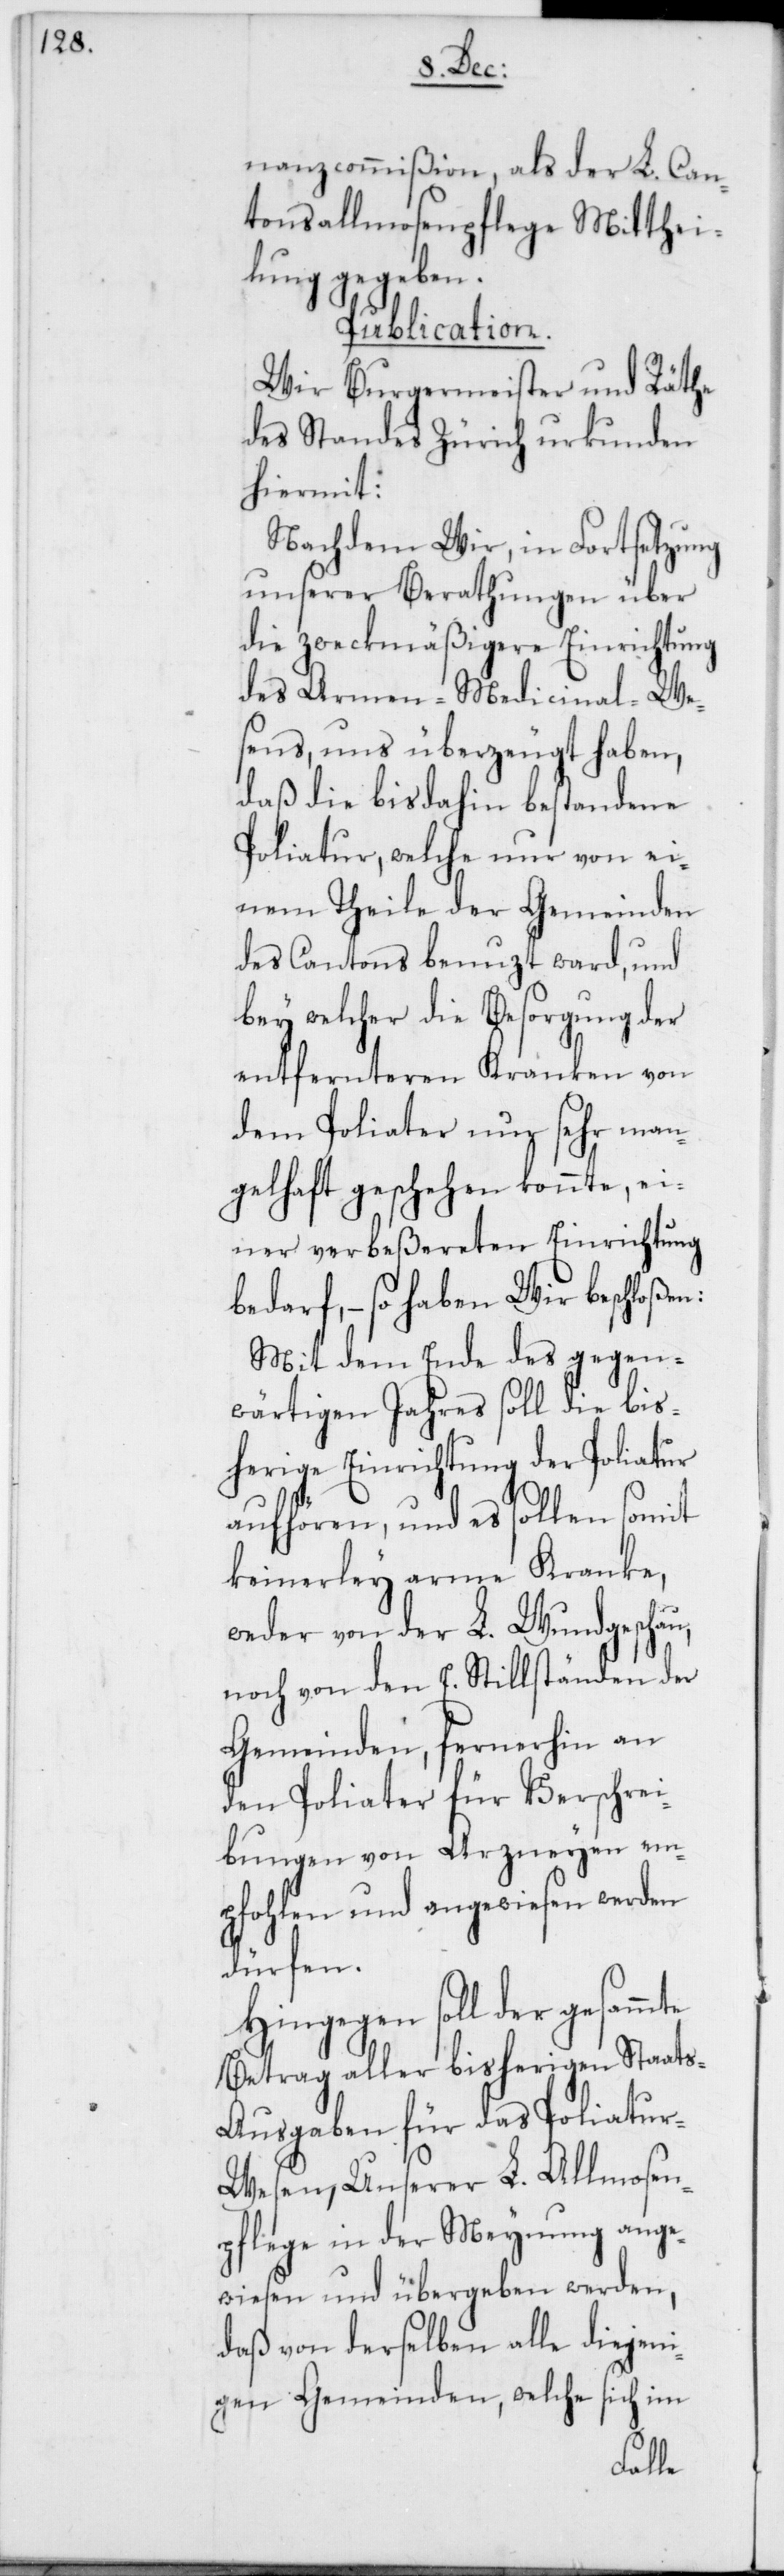
nanzcommißion, als der L. Can¬
tonsallmosenpflege Mitthei¬
lung gegeben.
Publication.
Wir Burgermeister und Räthe
des Standes Zürich urkunden
hiermit:
Nachdem Wir, in Fortsetzung
unserer Berathungen über
die zweckmäßigere Einrichtung
des Armen-Medicinal-We¬
sens, uns überzeugt haben,
daß die bis dahin bestandene
Poliatur, welche nur von ei¬
nem Theile der Gemeinden
des Cantons benuzt ward, und
bey welcher die Besorgung der
entfernteren Kranken von
dem Poliater nur sehr man¬
gelhaft geschehen konnte, ei¬
ner verbeßereten Einrichtung
bedarf, – so haben Wir beschloßen:
Mit dem Ende des gegen¬
wärtigen Jahres soll die bis¬
herige Einrichtung der Poliatur
aufhören, und es sollen somit
keinerley arme Kranke,
weder von der L. Wundgschau,
noch von den E. Stillständen der
Gemeinden, fernerhin an
den Poliater für Verschrei¬
bungen von Arzneyen em¬
pfohlen und angewiesen werden
dürfen.
Hingegen soll der gesammte
Betrag aller bisherigen Staats-A¬
usgaben für das Poliatu¬
r-Wesen, Unserer L. Allmosen¬
pflege in der Meynung ange¬
wiesen und übergeben werden,
daß von derselben alle diejeni¬
gen Gemeinden, welche sich im